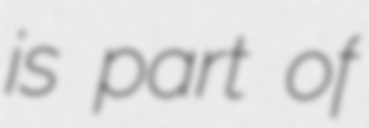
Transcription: is part of